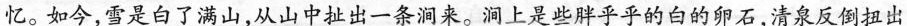
忆如今，雪是白了满山，从山中扯出一条洞来。涧上是些胖乎乎的白的卵石，清泉反倒扭出